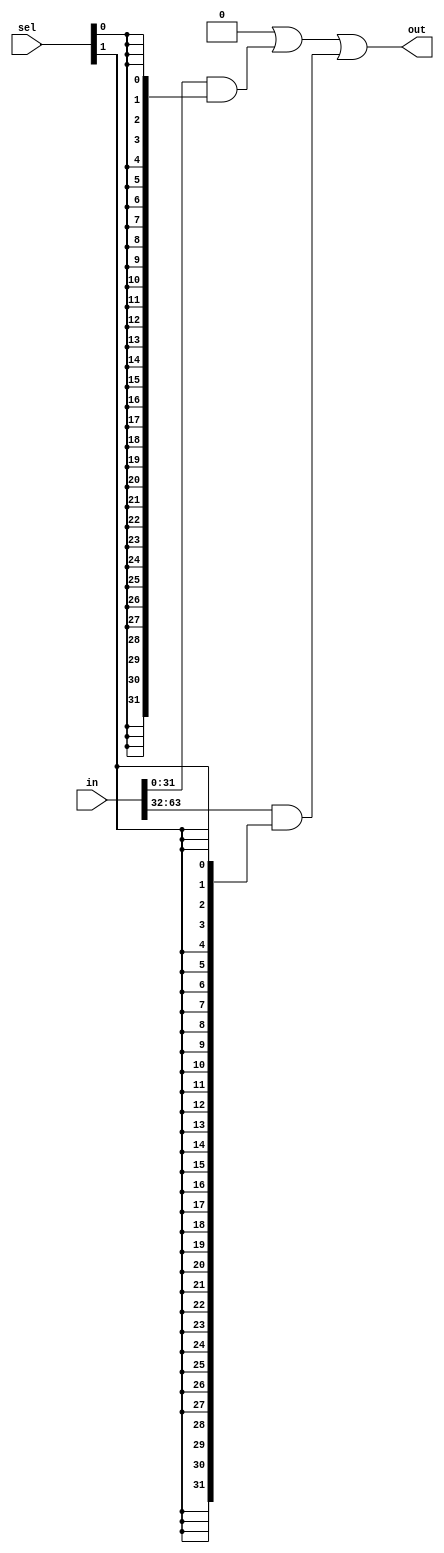
/**********************************************************************
 * DO WHAT THE FUCK YOU WANT TO AND DON'T BLAME US PUBLIC LICENSE     *
 *                    Version 3, April 2008                           *
 *                                                                    *
 * Copyright (C) 2018 Luke Wren                                       *
 *                                                                    *
 * Everyone is permitted to copy and distribute verbatim or modified  *
 * copies of this license document and accompanying software, and     *
 * changing either is allowed.                                        *
 *                                                                    *
 *   TERMS AND CONDITIONS FOR COPYING, DISTRIBUTION AND MODIFICATION  *
 *                                                                    *
 * 0. You just DO WHAT THE FUCK YOU WANT TO.                          *
 * 1. We're NOT RESPONSIBLE WHEN IT DOESN'T FUCKING WORK.             *
 *                                                                    *
 *********************************************************************/

// Multiplex based on a bitmap selector, rather than an index selector.
// Generates a fast and->or mux structure rather than a tree of dmuxes.
// The selector must be one-hot, else the result is meaningless.

module onehot_mux #(
	parameter N_INPUTS = 2,
	parameter W_INPUT = 32
) (
	input wire  [N_INPUTS*W_INPUT-1:0] in,
	input wire  [N_INPUTS-1:0]         sel,
	output wire [W_INPUT-1:0]          out
);

integer i;

reg [W_INPUT-1:0] mux_accum;

always @ (*) begin
	mux_accum = {W_INPUT{1'b0}};
	for (i = 0; i < N_INPUTS; i = i + 1) begin
		mux_accum = mux_accum | (in[i * W_INPUT +: W_INPUT] & {W_INPUT{sel[i]}});
	end
end

assign out = mux_accum;

endmodule